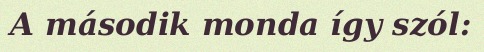
A második monda így szól: